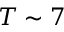
T \sim 7